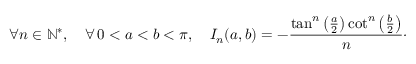
\forall n \in \mathbb { N } ^ { * } , \quad \forall \, 0 < a < b < \pi , \quad I _ { n } ( a , b ) = - \frac { \tan ^ { n } \left( \frac { a } { 2 } \right) \cot ^ { n } \left( \frac { b } { 2 } \right) } { n } \cdot